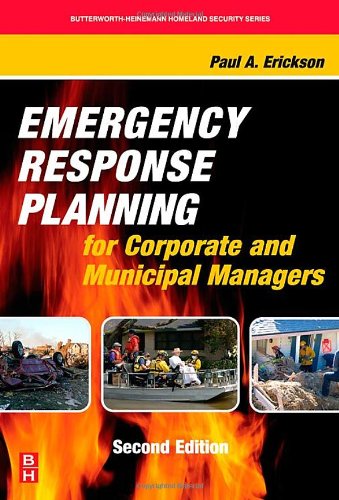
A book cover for Emergency Response Planning for Corporate and Municipal Managers, Second Edition (Butterworth-Heinemann Homeland Security); Paul A. Erickson; Medical Books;